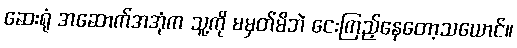
ဆေးရုံ အဆောက်အအုံက သူ့ကို မမှတ်မိဘဲ ငေးကြည့်နေတော့သယောင်။